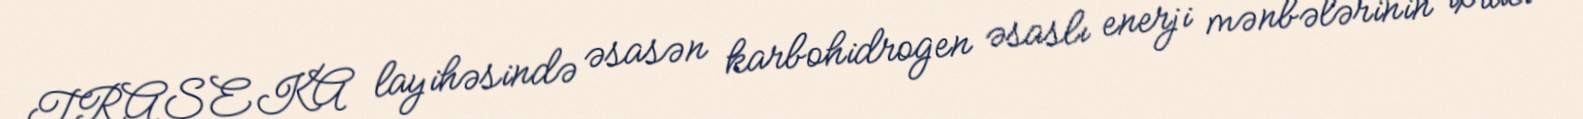
TRASEKA layihəsində əsasən karbohidrogen əsaslı enerji mənbələrinin ixracı